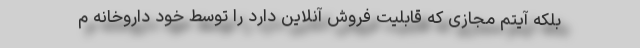
بلکه آیتم مجازی که قابلیت فروش آنلاین دارد را توسط خود داروخانه م